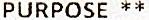
PURPOSE **